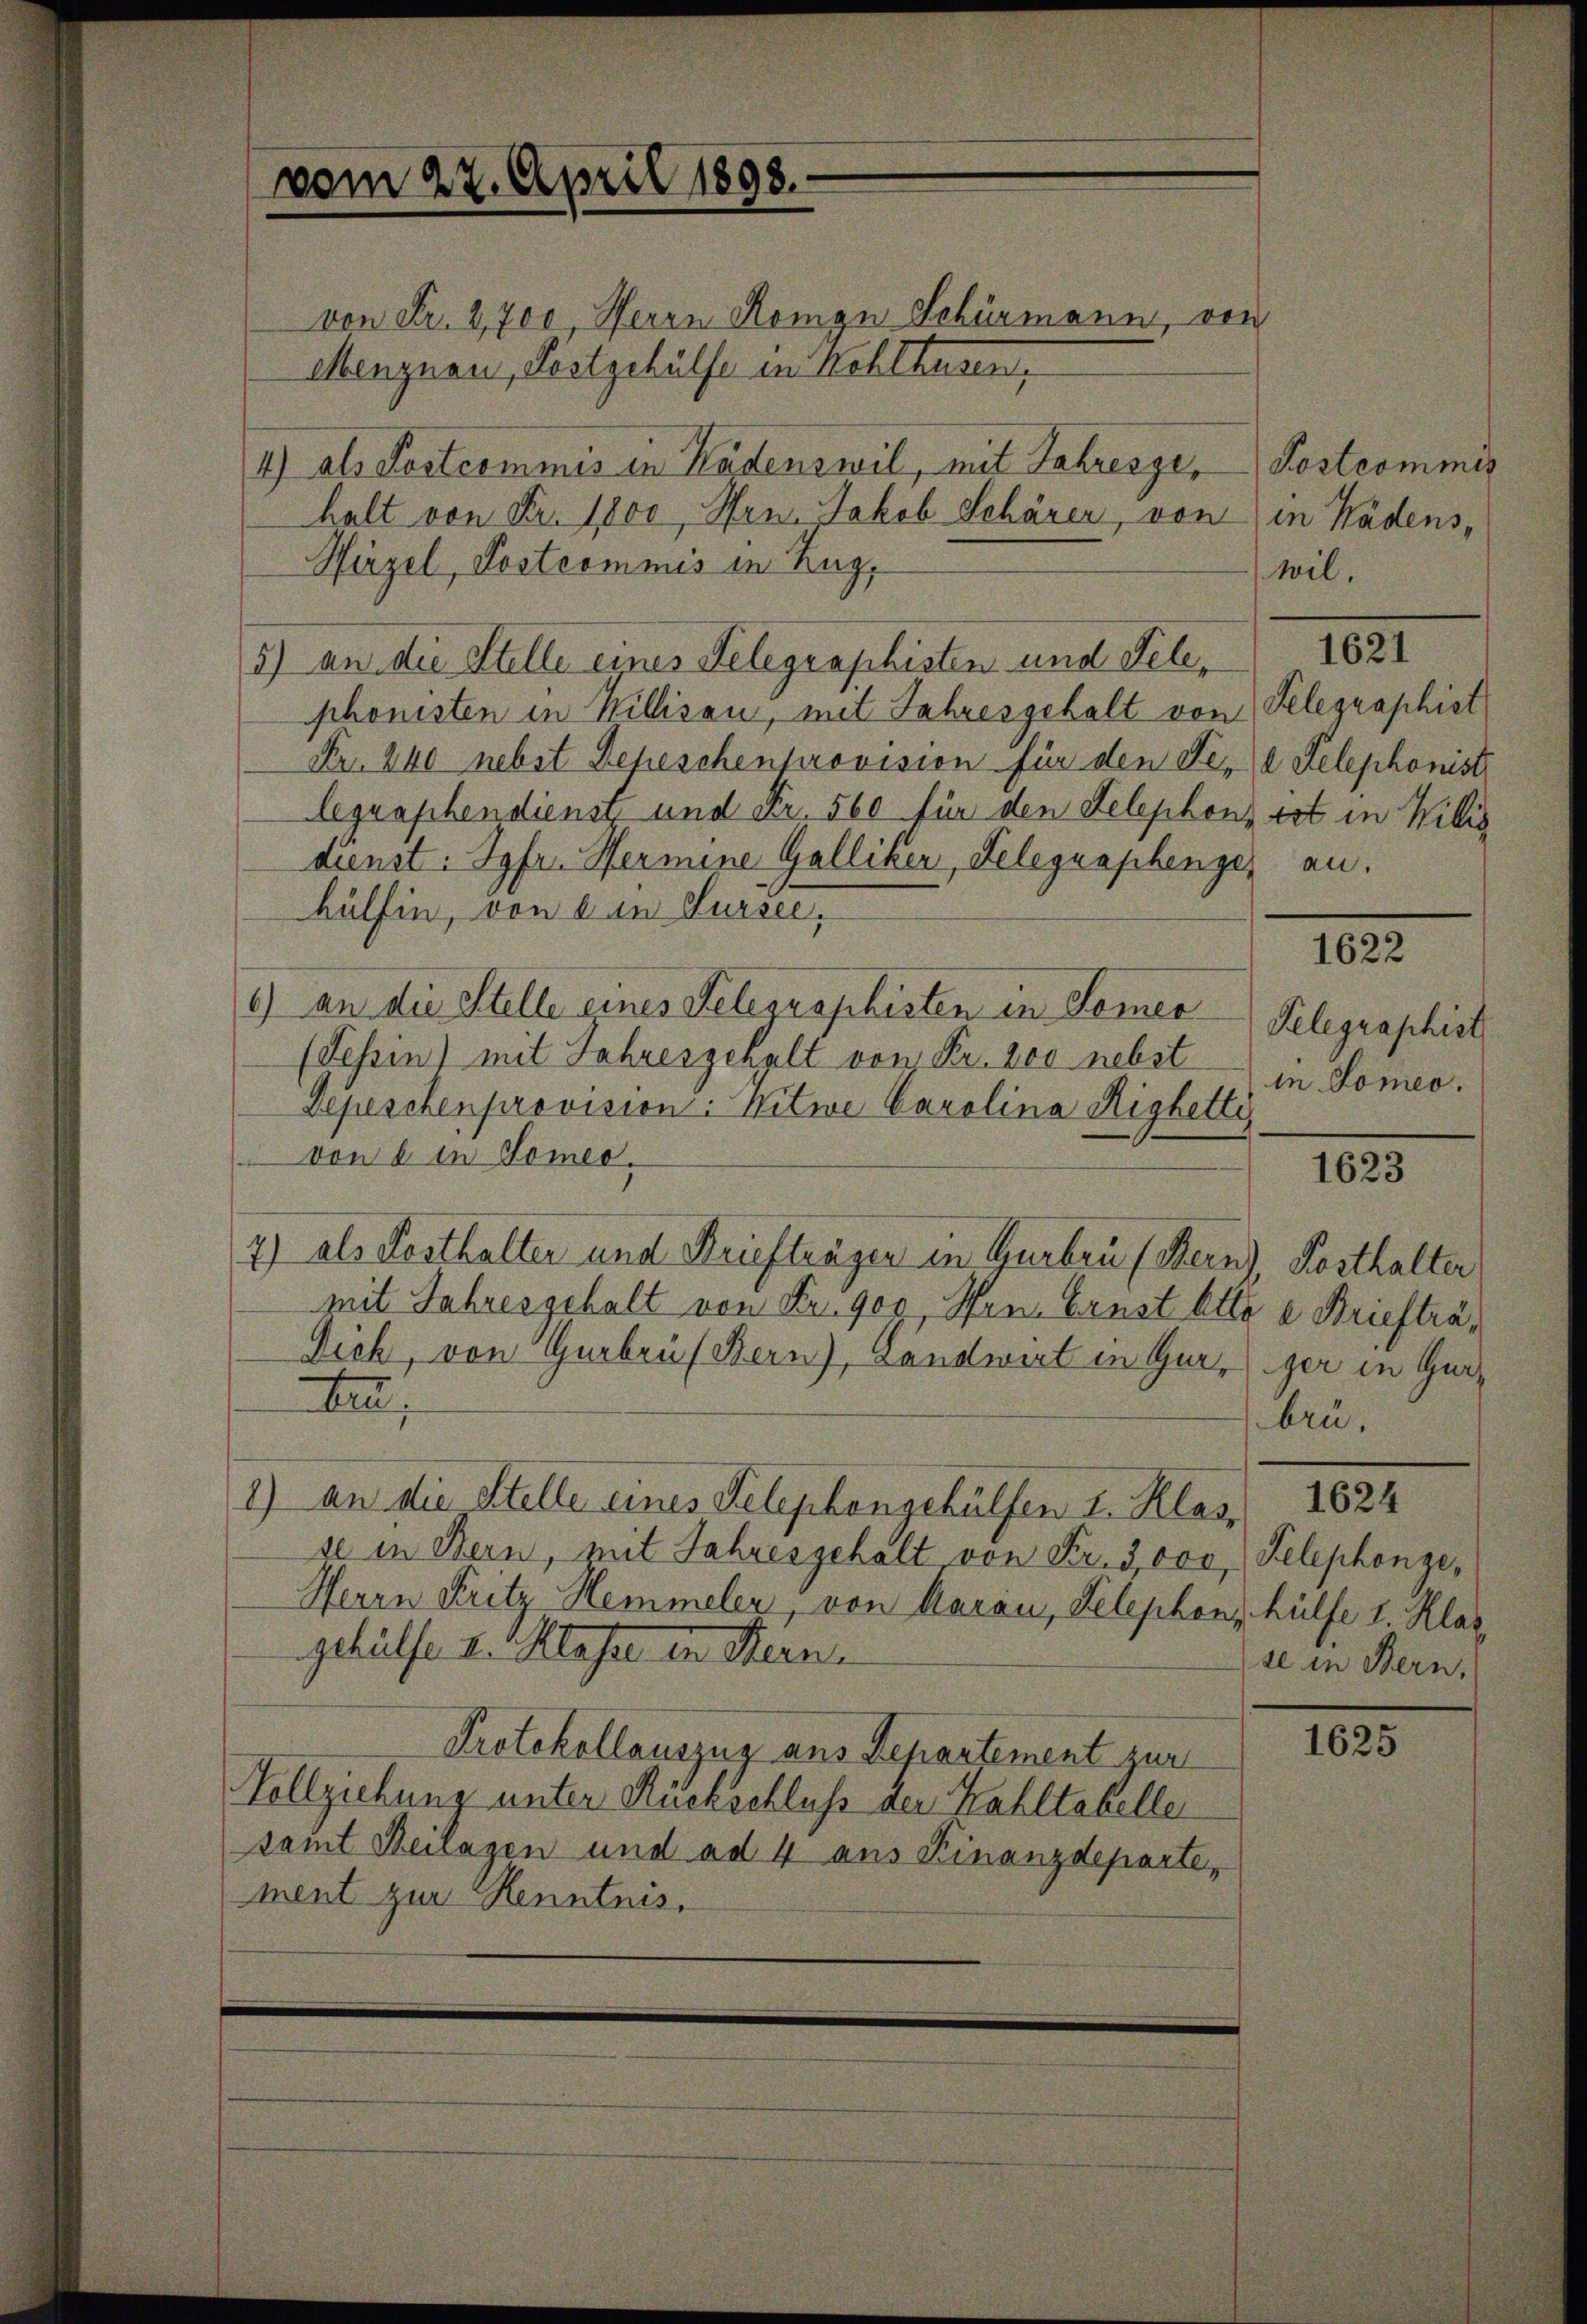
vom 27. April 1898.

von Fr. 2,700, Herrn Romon Schörmann, von
Menznau, Listgehülfe in Kehlhusen,
4) als Postcommis in Kadenswil, mit Jahrenge, Postcommis
halt von Fr. 1800, Hrn. Jakob Schärer, von in Wädens,
Hirzel, Postcommis in Zug,
5) an die Stelle eines Telegraphisten und Telephonisten in Willisau, mit Jahresgehalt von Telegraphist
Fr. 240 nebst Depeschenprovision für den Pere Telephonistr
legraphendienst und Fr. 560 für den Telephons tot in Willig
dienst: Jgfr. Hermine Galliker, Telegraphenger an.
hülfen, von ein Sursee,
6) an die Stelle eines Telegraphisten in Bemer
(Tessin) mit Jahresgehalt von Fr. 200 nebst
Depeschenprovision: Witwe Carolina Highetti
von 6 in Someo.
2) als Festhalter und Briefträgen in Gurben (Bern), Posthalter
mit Jahresgehalt von Fr. 900 Hrn. Ernst Otto e Briefträ¬
Dich, von Gerbruf Bern), Landwirt in Gurger in Gar¬
In
1) an die Stelle eines Telephongehülfen I. Klas. 2624
se in Bern, mit Jahresgehalt von Fr. 3,000, Telephonze¬
Herrn Fritz Hemmeler, von Aarau, Telephon, hülfe I Klaz
gehülfe I. Klasse in Stern.
Protokollauszug aus Departement zur
Vollziehung unter Rückschluß der Kahltabelle
samt Beilagen und ad 4 aus Finanzdeparte,
ment zur Kenntnis.

wil.

1621

1622

Telegraphist
in Sommes.

1623

brü.

se in Bern,

1625